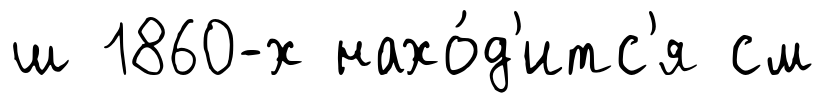
ш 1860-х нахо́д'итс'я см